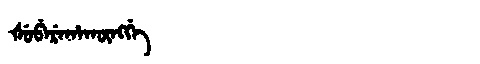
Manchu: ᡧᡠᠪᡝᡵᡝᡥᠠᡴᡡᠩᡤᡝ
Romanization: ŠUBEREHAKŪNGGE